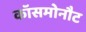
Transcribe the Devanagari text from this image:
कॉसमोनौट